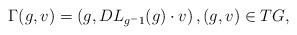
LaTeX: \begin{align*}\Gamma(g, v) = \left( g, DL_{g^-1}(g) \cdot v \right), (g, v) \in TG,\end{align*}